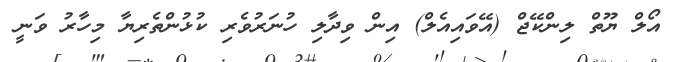
އޯލް ޔޫތް ލިންކޭޖް (އޭވައިއެލް) އިން ވިދާލި ހުނަރުވެރި ކުޅުންތެރިޔާ މިހާރު ވަނީ